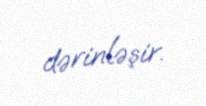
dərinləşir.